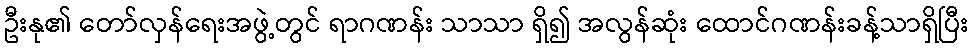
ဦးနု၏ တော်လှန်ရေးအဖွဲ့တွင် ရာဂဏန်း သာသာ ရှိ၍ အလွန်ဆုံး ထောင်ဂဏန်းခန့်သာရှိပြီး